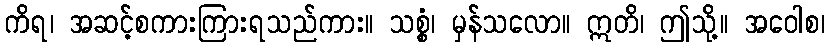
ကိရ၊ အဆင့်စကားကြားရသည်ကား။ သစ္စံ၊ မှန်သလော။ ဣတိ၊ ဤသို့။ အဝေါစ၊